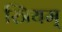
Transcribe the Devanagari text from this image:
स्त्रियम्